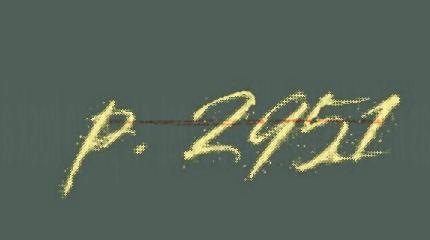
p. 2951